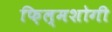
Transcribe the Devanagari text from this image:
फ़िल्मशोगी